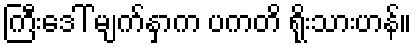
ကြီးဒေါ် မျက်နှာက ပကတိ ရိုးသားဟန်။